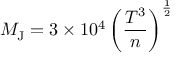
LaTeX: M _ { \mathrm { J } } = 3 \times 1 0 ^ { 4 } \left( { \frac { T ^ { 3 } } { n } } \right) ^ { \frac { 1 } { 2 } }